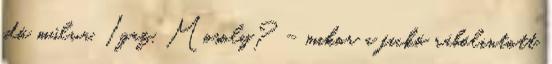
idő múlva. Igaz, Mosoly? – mikor a fickó rábólintott